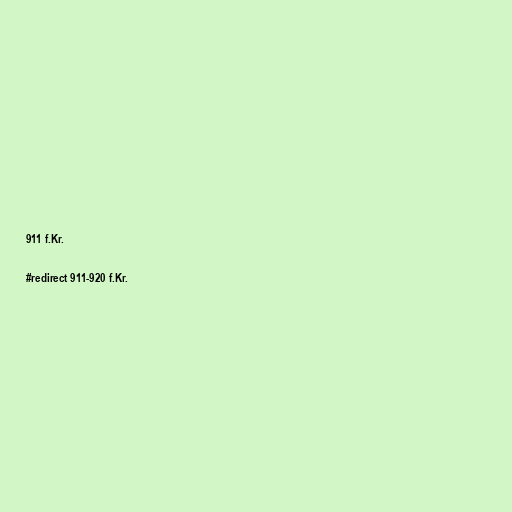
911 f.Kr.

#redirect 911-920 f.Kr.